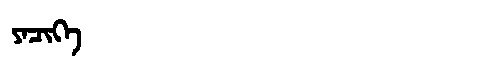
Manchu: ᠶᠠᠴᡳᡴᡝ
Romanization: YACIKE